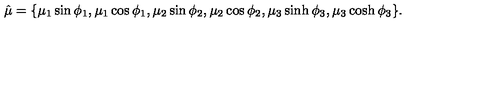
\hat { \mu } = \{ \mu _ { 1 } \sin \phi _ { 1 } , \mu _ { 1 } \cos \phi _ { 1 } , \mu _ { 2 } \sin \phi _ { 2 } , \mu _ { 2 } \cos \phi _ { 2 } , \mu _ { 3 } \sinh \phi _ { 3 } , \mu _ { 3 } \cosh \phi _ { 3 } \} .